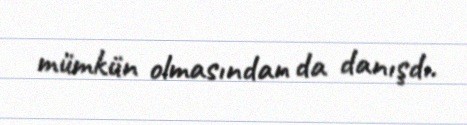
mümkün olmasından da danışdı.